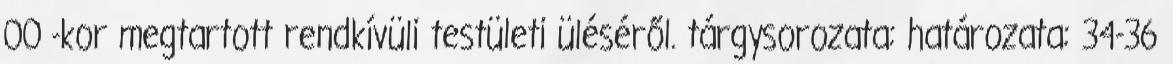
00 -kor megtartott rendkívüli testületi üléséről. tárgysorozata: határozata: 34-36